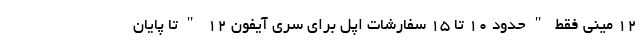
12 مینی فقط "حدود 10 تا 15 سفارشات اپل برای سری آیفون 12 "تا پایان